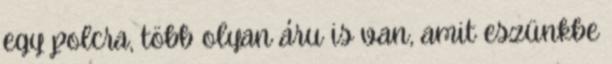
egy polcra, több olyan áru is van, amit eszünkbe